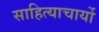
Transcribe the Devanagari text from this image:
साहित्याचार्यो